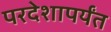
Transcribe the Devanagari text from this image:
परदेशापर्यंत